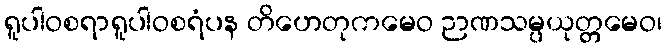
ရူပါဝစရာရူပါဝစရံပန တိဟေတုကမေဝ ဉာဏသမ္ပယုတ္တမေဝ၊